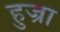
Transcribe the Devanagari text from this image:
हुज्रा